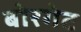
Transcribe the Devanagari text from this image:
बोरगेट